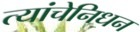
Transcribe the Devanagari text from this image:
त्यांचेनिधन